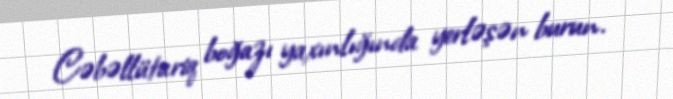
Cəbəllütariq boğazı yaxınlığında yerləşən burun.